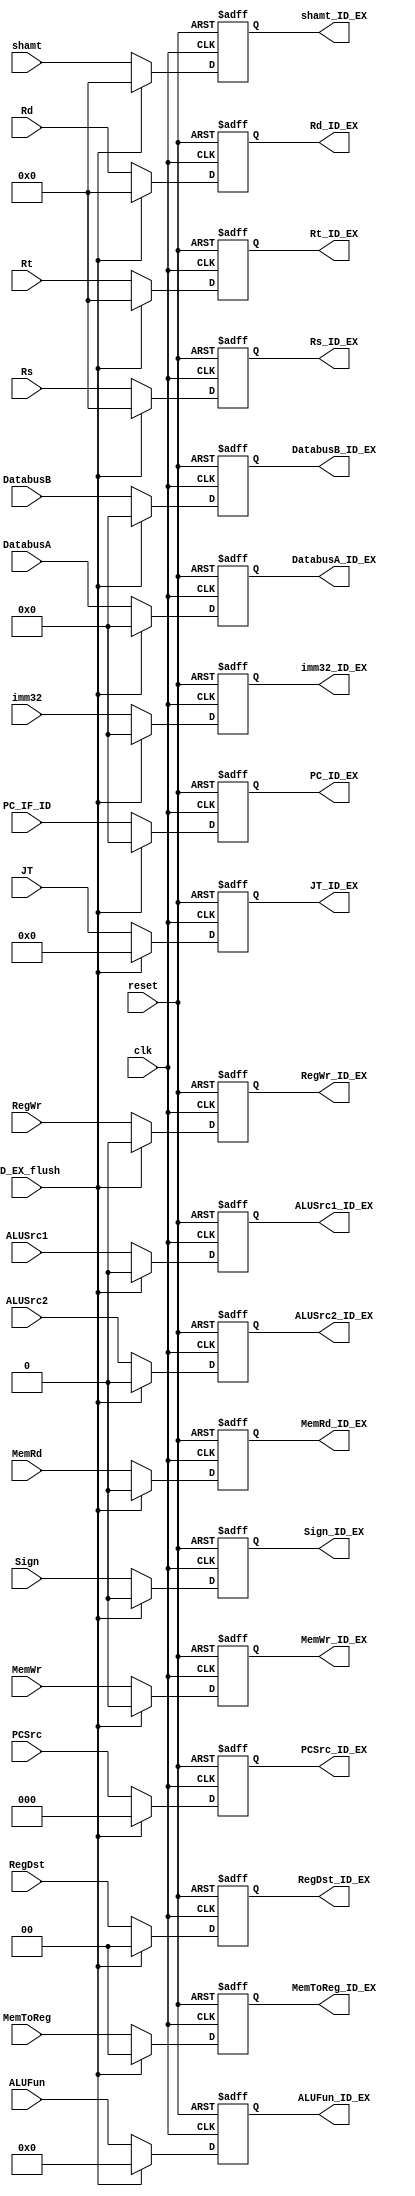
 module ID_EX (reset,clk,Rs,Rs_ID_EX,Rd,Rd_ID_EX,Rt,Rt_ID_EX,DatabusA,DatabusA_ID_EX,DatabusB,DatabusB_ID_EX,PC_IF_ID,PC_ID_EX,RegDst,RegDst_ID_EX,ALUSrc1,ALUSrc1_ID_EX,ALUSrc2,ALUSrc2_ID_EX,ALUFun,ALUFun_ID_EX,Sign,Sign_ID_EX,MemRd,MemRd_ID_EX,MemWr,MemWr_ID_EX,MemToReg,MemToReg_ID_EX,RegWr,RegWr_ID_EX,shamt,shamt_ID_EX,imm32,imm32_ID_EX,PCSrc,PCSrc_ID_EX,JT,JT_ID_EX,ID_EX_flush);

input reset,clk,ID_EX_flush,ALUSrc2,ALUSrc1,Sign,MemRd,MemWr,RegWr;
input [4:0] Rs,Rd,Rt,shamt;
input [31:0] DatabusB,DatabusA,PC_IF_ID,imm32;
input [1:0] RegDst,MemToReg;
input [5:0] ALUFun;
input [2:0] PCSrc;
input [25:0] JT;

output reg ALUSrc2_ID_EX,ALUSrc1_ID_EX,Sign_ID_EX,MemRd_ID_EX,MemWr_ID_EX,RegWr_ID_EX;
output reg [4:0] Rs_ID_EX,Rd_ID_EX,Rt_ID_EX,shamt_ID_EX;
output reg [31:0] DatabusB_ID_EX,DatabusA_ID_EX,PC_ID_EX,imm32_ID_EX;
output reg [1:0] RegDst_ID_EX,MemToReg_ID_EX;
output reg [5:0] ALUFun_ID_EX;
output reg [2:0] PCSrc_ID_EX;
output reg [25:0] JT_ID_EX;

always @(posedge clk or negedge reset) begin
  if (~reset) begin
    Rs_ID_EX<= 5'b0;
    Rd_ID_EX<= 5'b0;
    Rt_ID_EX<= 5'b0;
    shamt_ID_EX<= 5'b0;
    ALUSrc2_ID_EX<=0;
    ALUSrc1_ID_EX<=0;
    Sign_ID_EX<=0;
    MemRd_ID_EX<=0;
    MemWr_ID_EX<=0;
    RegWr_ID_EX<=0;
    DatabusB_ID_EX<=32'b0;
    DatabusA_ID_EX<=32'b0;
    PC_ID_EX<=32'b0;
    imm32_ID_EX<=32'b0;
    RegDst_ID_EX<=2'b0;
    MemToReg_ID_EX<=2'b0;
    ALUFun_ID_EX<=6'b0;
    PCSrc_ID_EX<=3'b0;
    JT_ID_EX<=26'b0;
  end
  else if (ID_EX_flush)
begin
        Rs_ID_EX<= 5'b0;
    Rd_ID_EX<= 5'b0;
    Rt_ID_EX<= 5'b0;
    shamt_ID_EX<= 5'b0;
    ALUSrc2_ID_EX<=0;
    ALUSrc1_ID_EX<=0;
    Sign_ID_EX<=0;
    MemRd_ID_EX<=0;
    MemWr_ID_EX<=0;
    RegWr_ID_EX<=0;
    DatabusB_ID_EX<=32'b0;
    DatabusA_ID_EX<=32'b0;
    PC_ID_EX<=32'b0;
    imm32_ID_EX<=32'b0;
    RegDst_ID_EX<=2'b0;
    MemToReg_ID_EX<=2'b0;
    ALUFun_ID_EX<=6'b0;
    PCSrc_ID_EX<=3'b0;
    JT_ID_EX<=26'b0;
end

  else begin
    Rs_ID_EX<= Rs;
    Rd_ID_EX<= Rd;
    Rt_ID_EX<= Rt;
    shamt_ID_EX<= shamt;
    ALUSrc2_ID_EX<=ALUSrc2;
    ALUSrc1_ID_EX<=ALUSrc1;
    Sign_ID_EX<=Sign;
    MemRd_ID_EX<=MemRd;
    MemWr_ID_EX<=MemWr;
    RegWr_ID_EX<=RegWr;
    DatabusB_ID_EX<=DatabusB;
    DatabusA_ID_EX<=DatabusA;
    PC_ID_EX<=PC_IF_ID;
    imm32_ID_EX<=imm32;
    RegDst_ID_EX<=RegDst;
    MemToReg_ID_EX<=MemToReg;
    ALUFun_ID_EX<=ALUFun;
    PCSrc_ID_EX<=PCSrc;
    JT_ID_EX<=JT;
  end
end
endmodule